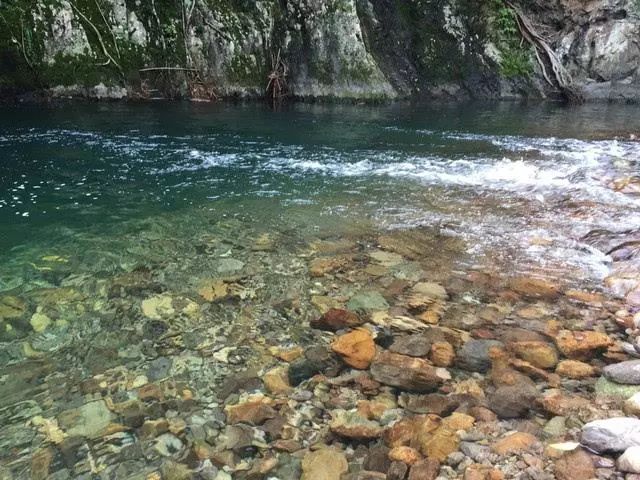
水涨鱼天拍柳桥。云鸠拖雨过江皋。